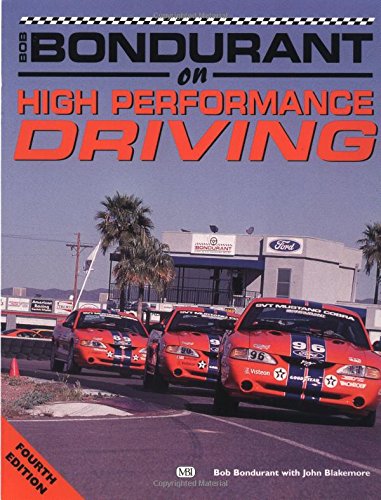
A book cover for Bob Bondurant on High Performance Driving; Bob Bondurant; Test Preparation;